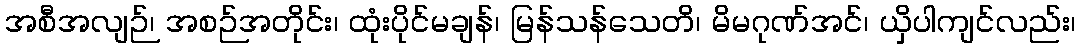
အစီအလျဉ်၊ အစဉ်အတိုင်း၊ ထုံးပိုင်မချန်၊ မြန်သန်သေတိ၊ မိမဂုဏ်အင်၊ ယှိပါကျင်လည်း၊